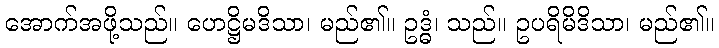
အောက်အဖို့သည်။ ဟေဋ္ဌိမဒိသာ၊ မည်၏။ ဥဒ္ဓံ၊ သည်။ ဥပရိမိဒိသာ၊ မည်၏။